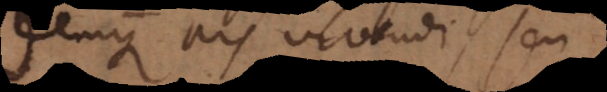
Denique ars vivendi, seu